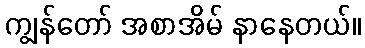
ကျွန်တော် အစာအိမ် နာနေတယ်။